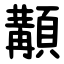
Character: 顜